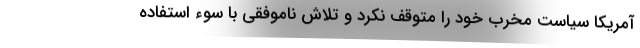
آمریکا سیاست مخرب خود را متوقف نکرد و تلاش ناموفقی با سوء استفاده